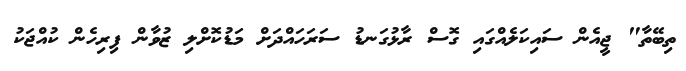
ތިބޭތާ" ޖީއެން ސައިކަލެއްގައި ގޮސް ރާޅުގަނޑު ސަރަހައްދަށް މަޑުކޮށްލި ޒުވާން ފިރިހެން ކުއްޖަކު